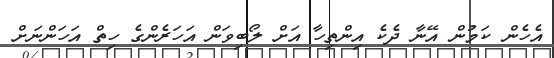
އެހެން ކަމުން އޭނާ ދެކެ އިންތިހާ އަށް ލޯބިވަން އަހަރެންގެ ހިތް އަހަންނަށް